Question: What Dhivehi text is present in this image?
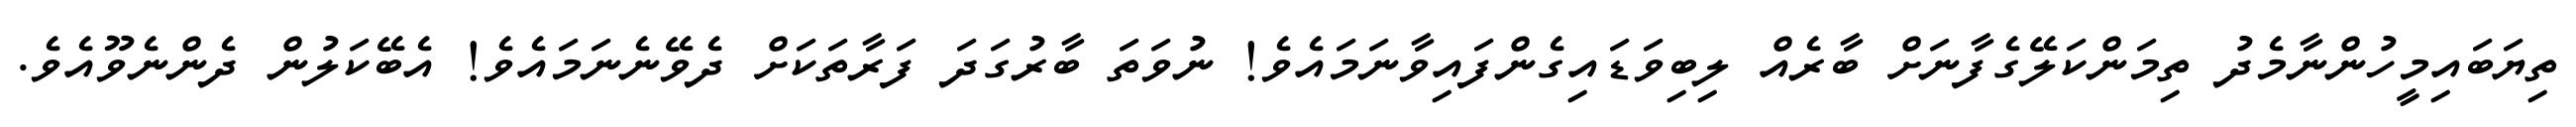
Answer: ތިޔަބައިމީހުންނާމެދު ތިމަންކަލޭގެފާނަށް ބާރެއް ލިބިވަޑައިގެންފައިވާނަމައެވެ! ނުވަތަ ބާރުގަދަ ފަރާތަކަށް ދެވޭނެނަމައެވެ! އެބޭކަލުން ދެންނެވޫއެވެ.